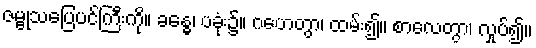
ဇမ္ဗုသပြေပင်ကြီးကို။ ခန္ဓေ၊ ပခုံး၌။ ဂဟေတွာ၊ ထမ်း၍။ စာလေတွာ၊ လှုပ်၍။